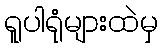
ရူပါရုံများထဲမှ